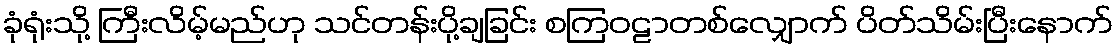
ခုံရုံးသို့ ကြီးလိမ့်မည်ဟု သင်တန်းပို့ချခြင်း စကြဝဠာတစ်လျှောက် ပိတ်သိမ်းပြီးနောက်